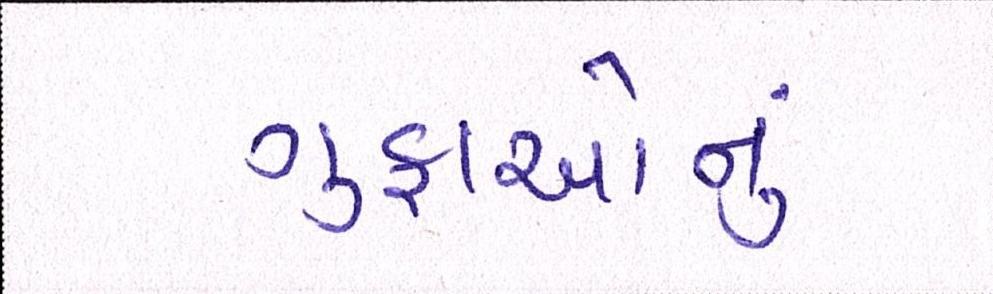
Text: ગુફાઓનું